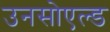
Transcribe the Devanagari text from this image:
उनसोएल्ड